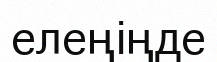
елеңіңде